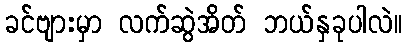
ခင်ဗျားမှာ လက်ဆွဲအိတ် ဘယ်နှခုပါလဲ။